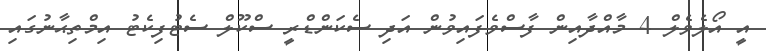
އީ އޯލެވެލް 4 މާއްދާއިން ފާސްވެފައިވުން އަދި ސެކަންޑްރީ ސްކޫލް ސެޓުފިކެޓު އިމްތިޙާނުގައި